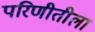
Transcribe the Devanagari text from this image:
परिणीतीला